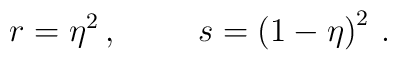
r = \eta^{2} \, , \hspace{1cm} s = \left(1-\eta\right)^{2} \, .